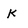
Character: K